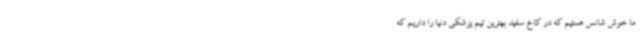
ما خوش شانس هستیم که در کاخ سفید بهترین تیم پزشکی دنیا را داریم که